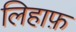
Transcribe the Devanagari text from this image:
लिहाफ़